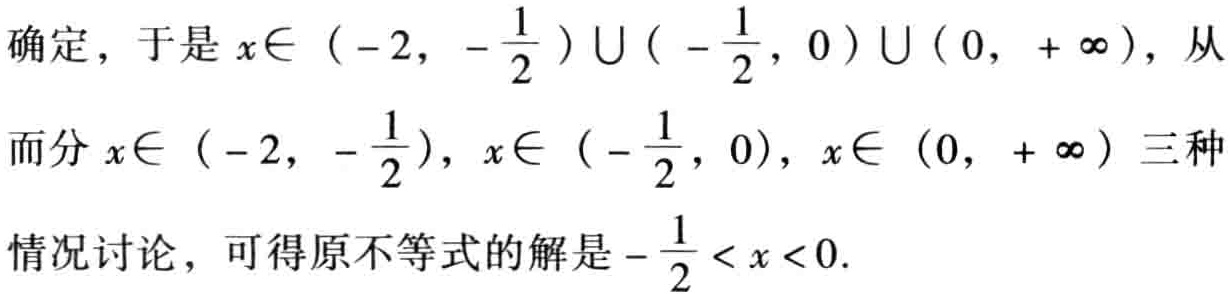
确定，于是\(x\in (-2, -\frac{1}{2})\cup (-\frac{1}{2}, 0)\cup (0, +\infty)\)，从而分\(x\in (-2, -\frac{1}{2})\)，\(x\in (-\frac{1}{2}, 0)\)，\(x\in (0, +\infty)\)三种情况讨论，可得原不等式的解是\(-\frac{1}{2}< x<0\)。